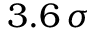
3 . 6 \, \sigma